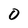
Character: O